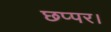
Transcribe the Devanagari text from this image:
छप्पर।